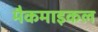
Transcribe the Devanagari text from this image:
मैकमाइकल